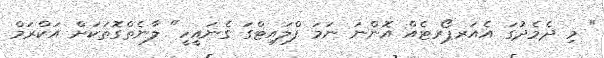
" މި ދެމެދުގަ އެއަރޕޯރޓެއް އޮންނަ ނަމަ ފްލައިޓްގަ ގެނައީހީ" ލާނެތްގޮތަކަށް އަކްރަމް